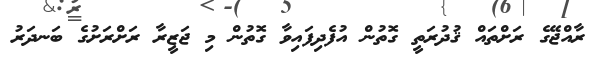
ރާއްޖޭގެ ރަށްތައް ޤުދުރަތީ ގޮތުން އުފެދިފައިވާ ގޮތުން މި ޖަޒީރާ ރަށްރަށުގެ ބަނދަރު